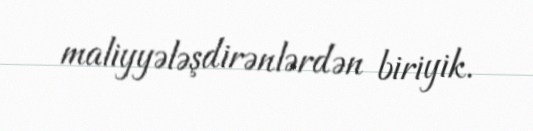
maliyyələşdirənlərdən biriyik.